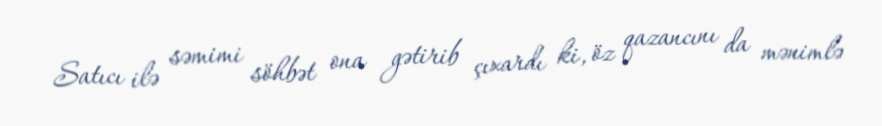
Satıcı ilə səmimi söhbət ona gətirib çıxardı ki, öz qazancını da mənimlə